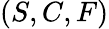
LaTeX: (S,C,F)